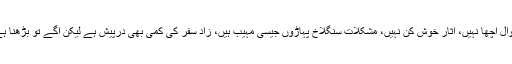
احوال اچھا نہیں، آثار خوش کن نہیں، مشکلات سنگلاخ پہاڑوں جیسی مہیب ہیں، زاد سفر کی کمی بھی درپیش ہے لیکن آگے تو بڑھنا ہے۔